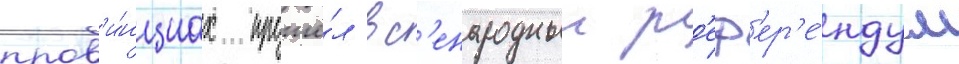
пров'и́нциах прошё́л вс'енародныи р'еф'ер'е́ндум